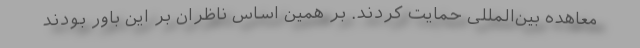
معاهده بین‌المللی حمایت کردند. بر همین اساس ناظران بر این باور بودند